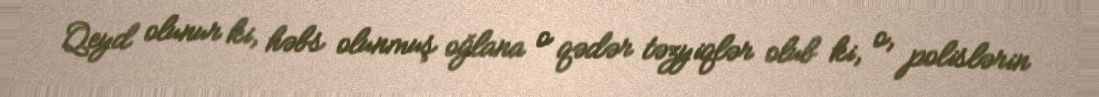
Qeyd olunur ki, həbs olunmuş oğlana o qədər təzyiqlər olub ki, o, polislərin